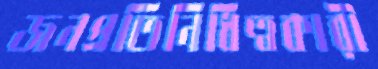
জনপ্রতিনিধিত্বকারী